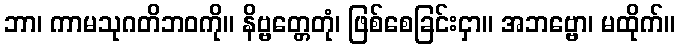
ဘာ၊ ကာမသုဂတိဘဝကို။ နိဗ္ဗတ္တေတုံ၊ ဖြစ်စေခြင်းငှာ။ အဘဗ္ဗော၊ မထိုက်။